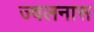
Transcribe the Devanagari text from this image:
ज्वलनास